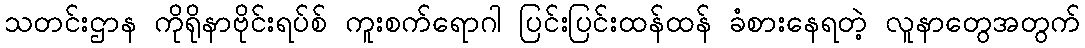
သတင်းဌာန ကိုရိုနာဗိုင်းရပ်စ် ကူးစက်ရောဂါ ပြင်းပြင်းထန်ထန် ခံစားနေရတဲ့ လူနာတွေအတွက်